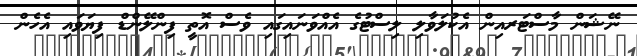
ނޭޝަން މާސްޓަރއިން އެކުލަވާލި ލިސްޓުގެ އެއްވަނައިގައި ވެސް އޮތީ ފިންލޭންޑް ފިޔަވައި އެހެން